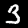
Digit: 3